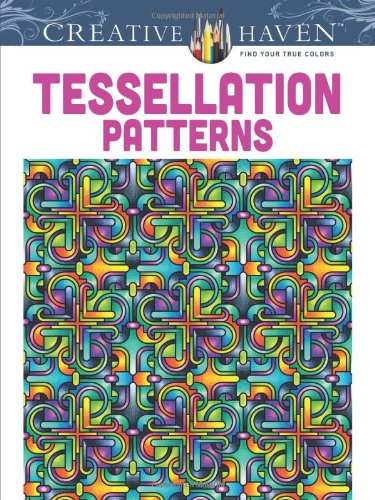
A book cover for Dover Creative Haven Tessellation Patterns Coloring Book (Creative Haven Coloring Books); John Wik; Arts & Photography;